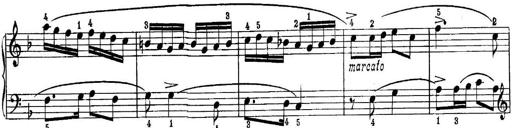
Title: Quatres sonatines
Composer: Tadeusz Joteyko